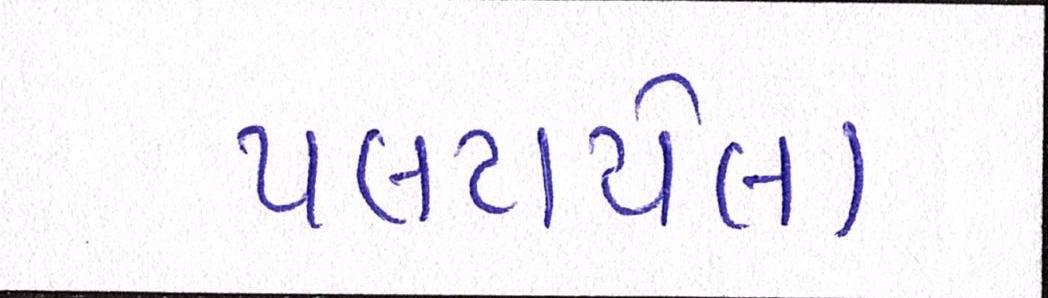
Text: પલટાયેલા